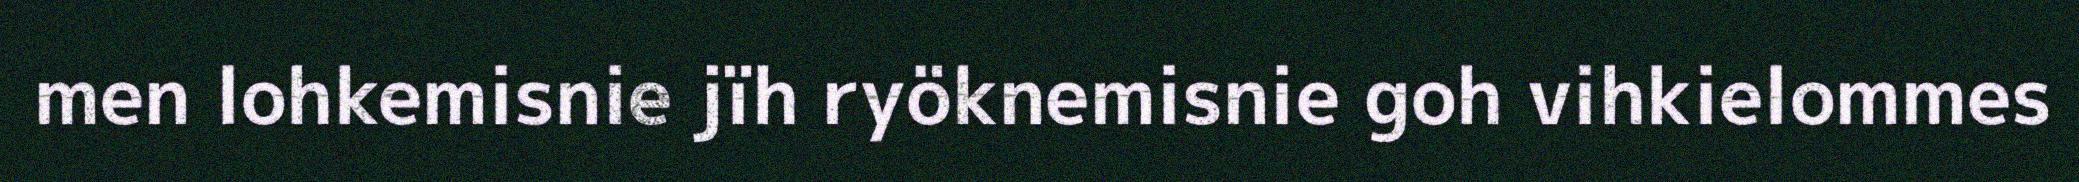
men lohkemisnie jïh ryöknemisnie goh vihkielommes